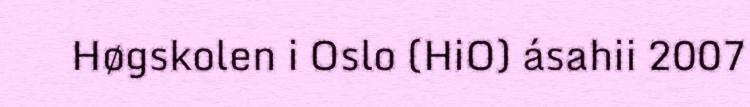
Høgskolen i Oslo (HiO) ásahii 2007